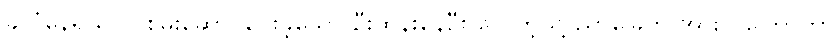
ခိုလှုံနေရသလို စွမ်းဆောင်ပေးခဲ့သော ဦးထွန်းနေဦး လှေကဲ့သို့ ညာခြေကို အားလူကြော်ကာ